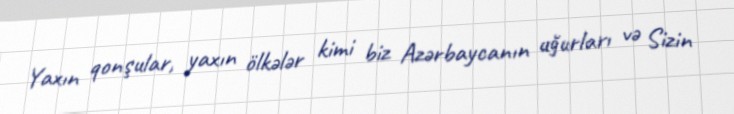
Yaxın qonşular, yaxın ölkələr kimi biz Azərbaycanın uğurları və Sizin